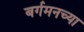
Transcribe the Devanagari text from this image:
बर्गमनच्या